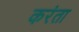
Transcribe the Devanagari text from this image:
करंता